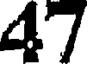
47